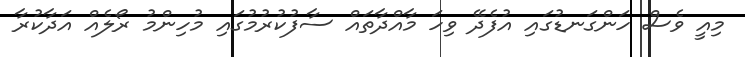
މިއީ ވެސް ހަންގަނޑުގައި އުފެދޭ ވިހަ މާއްދާތައް ސާފުކުރުމުގައި މުހިންމު ރޯލެއް އަދާކުރާ